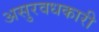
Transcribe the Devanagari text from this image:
असुरवधकारी